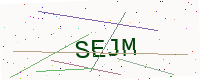
Text: SEJM